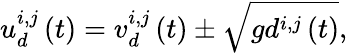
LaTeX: u_{d}^{i,j}\left(t\right)=v_{d}^{i,j}\left(t\right)\pm\sqrt{gd^{i,j}\left(t\right)},